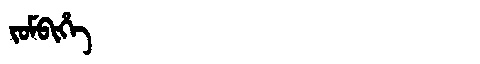
Manchu: ᠵᠣᠮᠪᡳᡥᡝ
Romanization: JOMBIHE